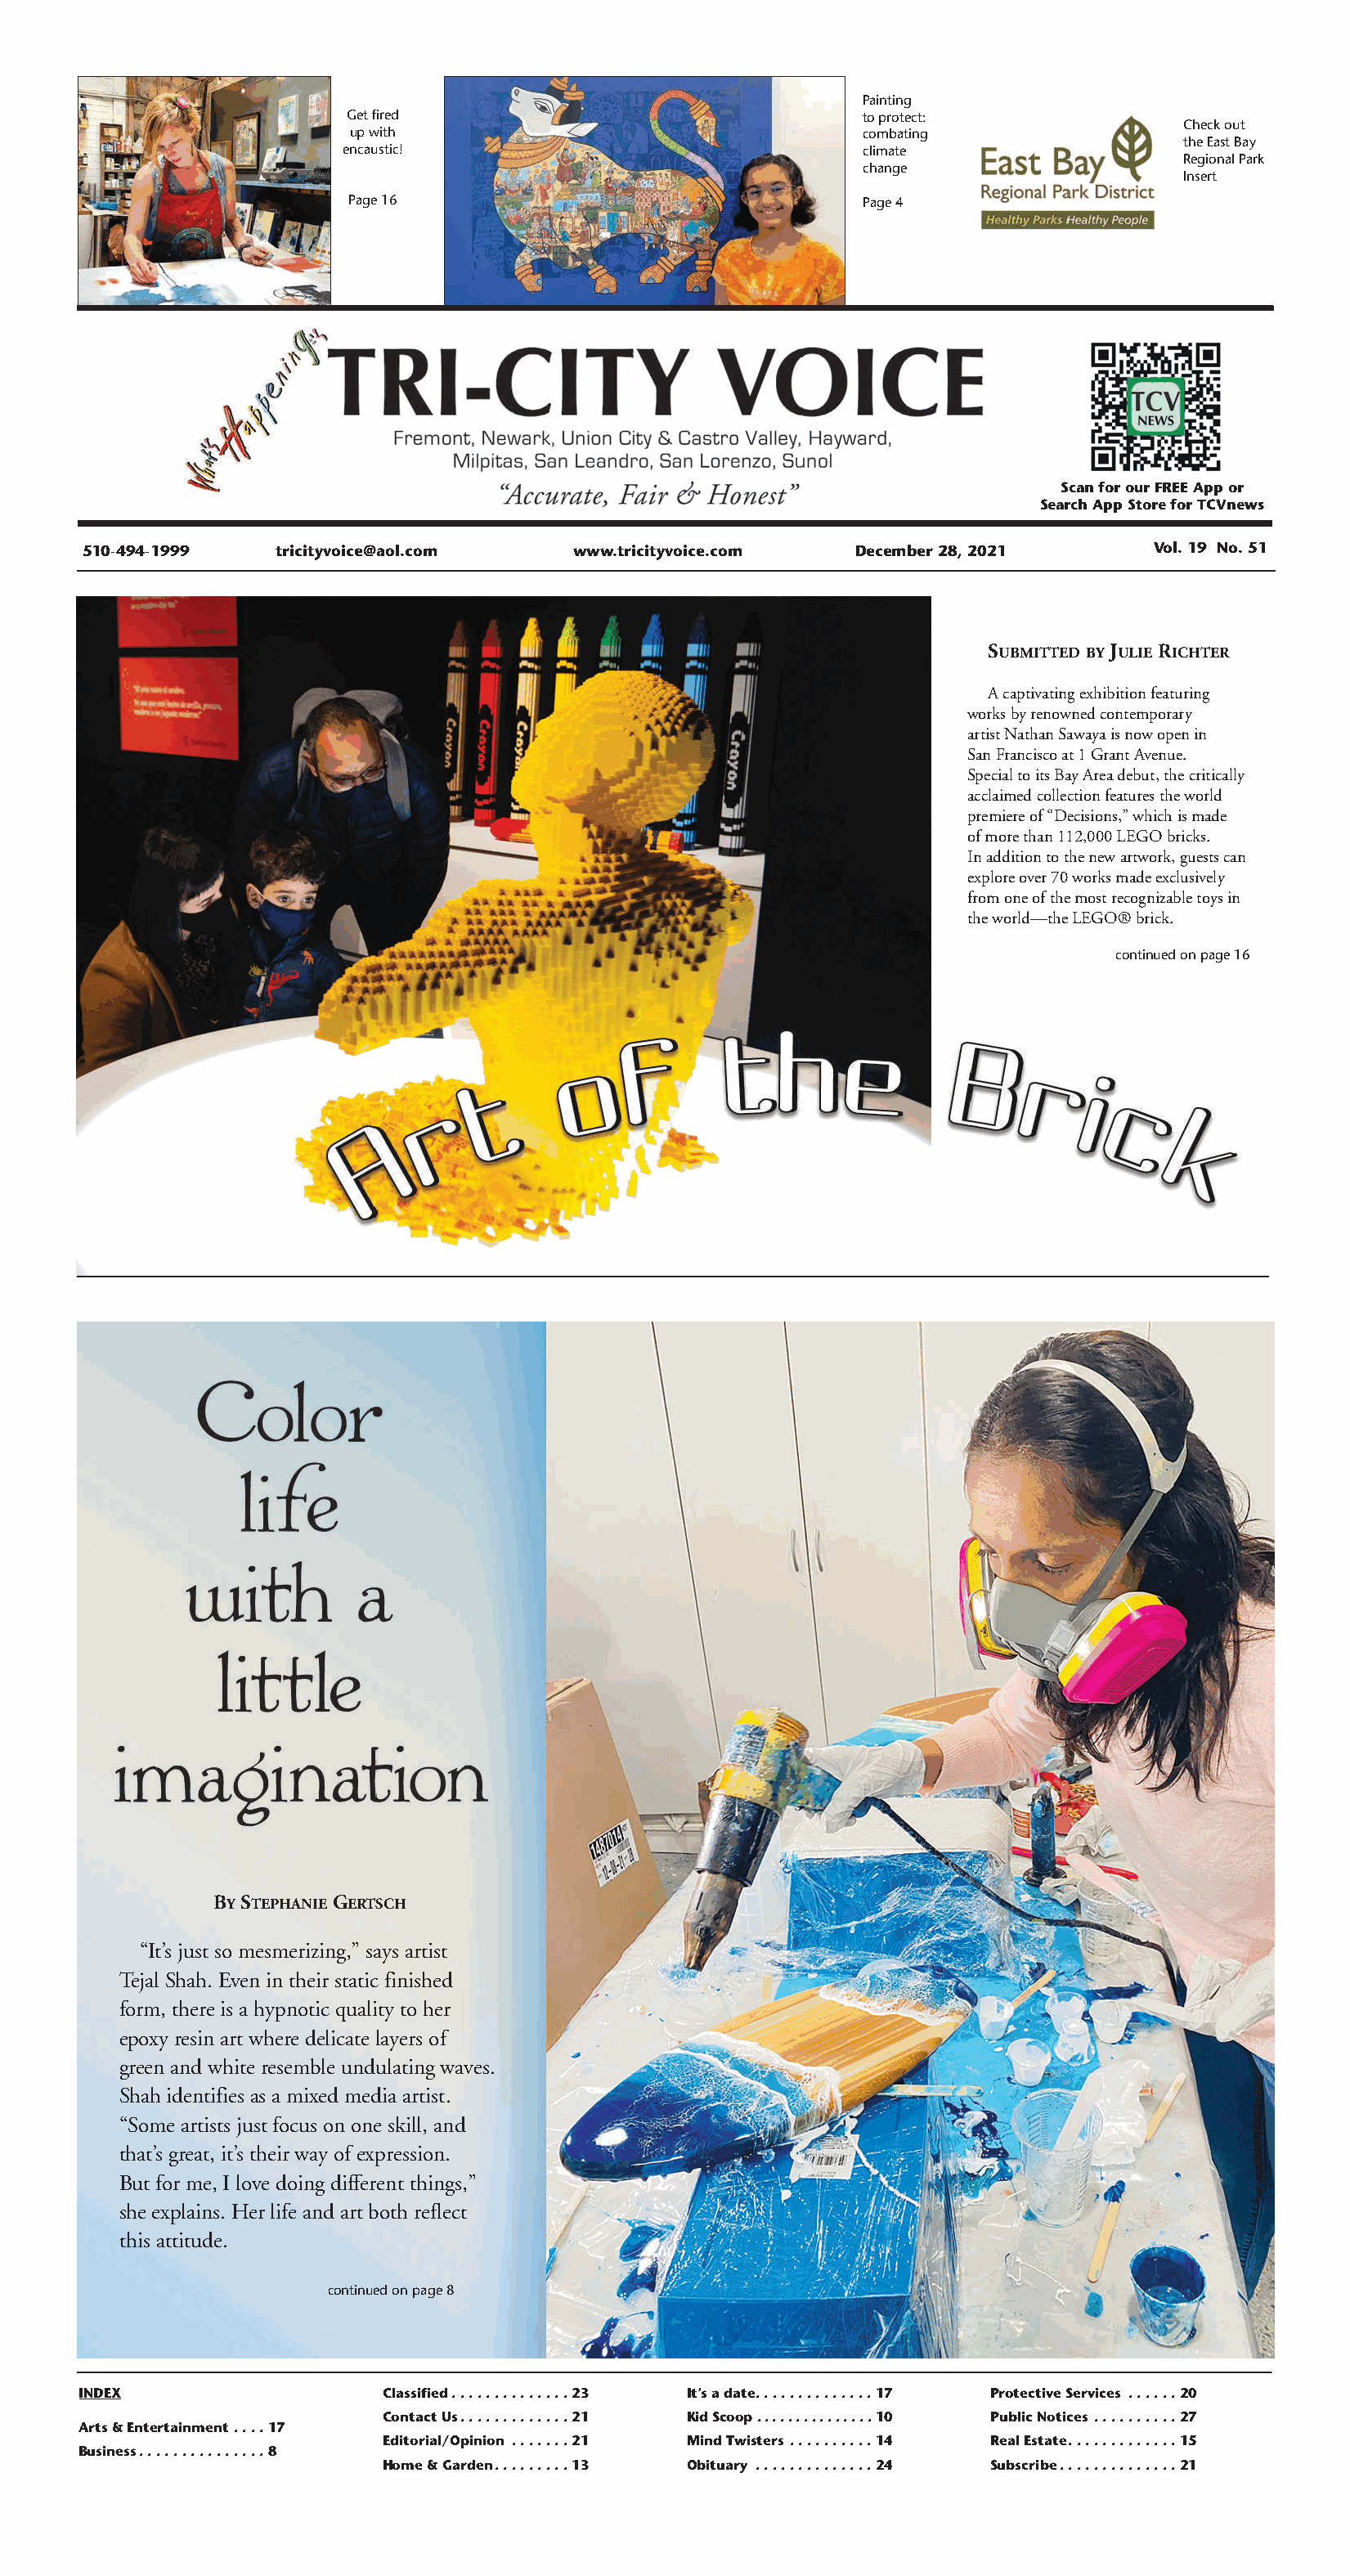
Painting
 Get fired                                 to protect:
 Check out
 up with                                   combating
 the East Bay
 encaustic!                                climate
 Regional Park
 change
 Insert
 Page 16                                   Page 4
 Scan for our FREE App or
 Search App Store for TCVnews
 510-494-1999   tricityvoice@aol.com    www.tricityvoice.com   December 28, 2021       Vol. 19 No. 51
 SUBMITTED BY JULIE RICHTER
 A captivating exhibition featuring
 works by renowned contemporary
 artist Nathan Sawaya is now open in
 San Francisco at 1 Grant Avenue.
 Special to its Bay Area debut, the critically
 acclaimed collection features the world
 premiere of “Decisions,” which is made
 of more than 112,000 LEGO bricks.
 In addition to the new artwork, guests can
 explore over 70 works made exclusively
 from one of the most recognizable toys in
 the world—the LEGO® brick.
 continued on page 16
 BY STEPHANIE GERTSCH
 “It’s just so mesmerizing,” says artist
 Tejal Shah. Even in their static finished
 form, there is a hypnotic quality to her
 epoxy resin art where delicate layers of
 green and white resemble undulating waves.
 Shah identifies as a mixed media artist.
 “Some artists just focus on one skill, and
 that’s great, it’s their way of expression.
 But for me, I love doing different things,”
 she explains. Her life and art both reflect
 this attitude.
 continued on page 8
 INDEX                    Classified. . . . . . . . . . . . . . 23 It’s a date. . . . . . . . . . . . . . 17 Protective Services . . . . . . 20
 Contact Us. . . . . . . . . . . . . 21 Kid Scoop. . . . . . . . . . . . . . . 10 Public Notices . . . . . . . . . . 27
 Arts & Entertainment. . . . 17
 Editorial/Opinion . . . . . . . 21 Mind Twisters . . . . . . . . . . 14 Real Estate. . . . . . . . . . . . . 15
 Business. . . . . . . . . . . . . . . 8
 Home & Garden. . . . . . . . . 13 Obituary . . . . . . . . . . . . . . 24 Subscribe. . . . . . . . . . . . . . 21